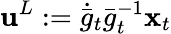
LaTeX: {\mathbf{u}}^{L}:=\dot{\bar{g}}_{t}\bar{g}_{t}^{-1}{\mathbf{x}}_{t}